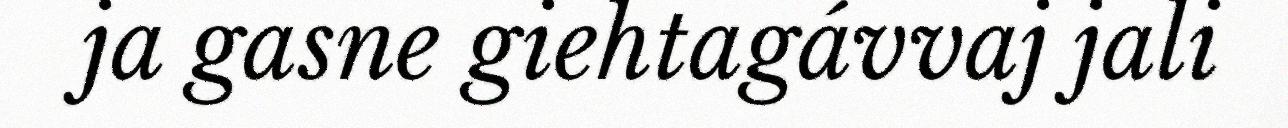
ja gasne giehtagávvaj jali